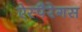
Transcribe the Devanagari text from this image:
ऐस्पैरेगस